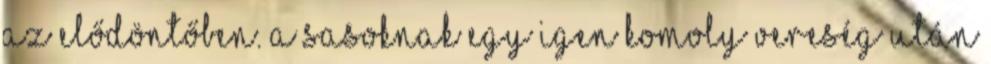
az elődöntőben. A Sasoknak egy igen komoly vereség után